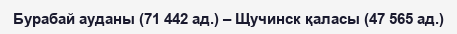
Бурабай ауданы (71 442 ад.) – Щучинск қаласы (47 565 ад.)